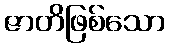
ဇာတိဖြစ်သော